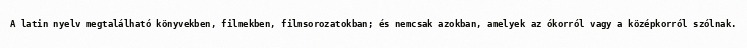
A latin nyelv megtalálható könyvekben, filmekben, filmsorozatokban; és nemcsak azokban, amelyek az ókorról vagy a középkorról szólnak.